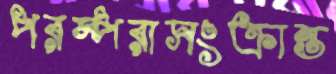
পরম্পরাসংক্রান্ত